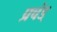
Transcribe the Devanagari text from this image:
प्रचंड्